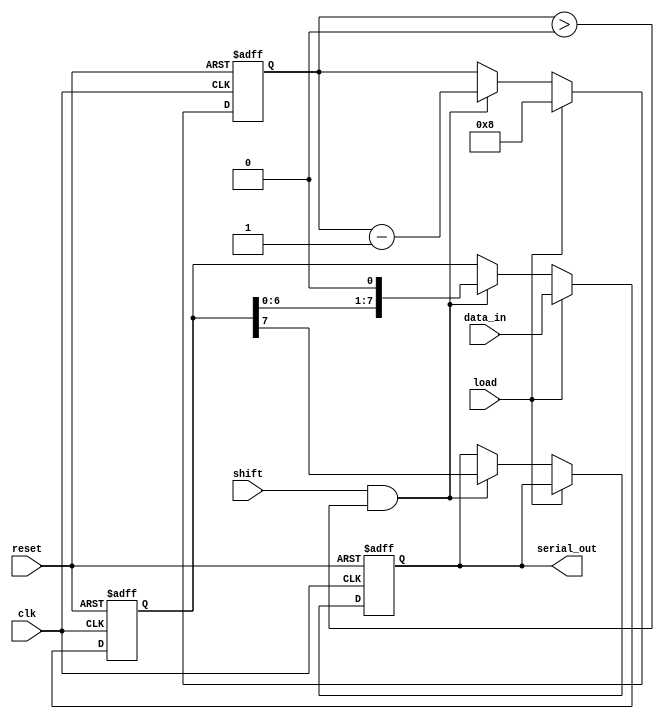
module PISO_Register #(
    parameter WIDTH = 8 // Configurable width of the parallel input
)(
    input wire clk,                // Clock signal
    input wire reset,              // Reset signal
    input wire load,               // Load control signal
    input wire shift,              // Shift control signal
    input wire [WIDTH-1:0] data_in,// Parallel input data
    output reg serial_out          // Serial output
);

    reg [WIDTH-1:0] shift_reg;     // Shift register to hold the data
    reg [3:0] bit_count;            // Counter for the number of bits shifted out

    always @(posedge clk or posedge reset) begin
        if (reset) begin
            shift_reg <= 0;         // Clear the shift register on reset
            serial_out <= 0;        // Clear the serial output
            bit_count <= 0;         // Reset bit counter
        end else begin
            if (load) begin
                shift_reg <= data_in; // Load data into the shift register
                bit_count <= WIDTH;    // Set bit count to the width of the data
            end else if (shift && bit_count > 0) begin
                serial_out <= shift_reg[WIDTH-1]; // Output the MSB
                shift_reg <= shift_reg << 1; // Shift left
                bit_count <= bit_count - 1; // Decrement the bit count
            end
        end
    end

endmodule